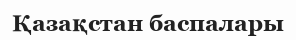
Қазақстан баспалары